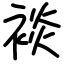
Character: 裧